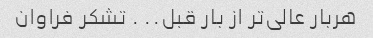
هربار عالی‌تر از بار قبل.. ‌. تشکر فراوان